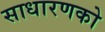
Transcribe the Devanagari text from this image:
साधारणको